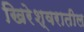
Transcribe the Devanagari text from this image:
खिरेश्वरातील